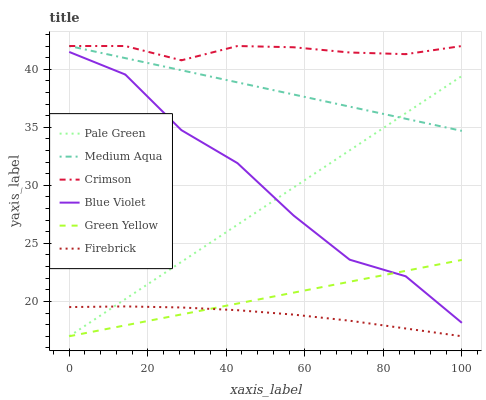
| xaxis_label | Pale Green | Medium Aqua | Crimson | Blue Violet | Green Yellow | Firebrick |
 | --- | --- | --- | --- | --- | --- | --- |
 | 0 | 17 | 42 | 42 | 41.5 | 17 | 19.5 |
 | 14.3 | 20.2 | 41 | 42 | 39.5 | 17.9 | 19.6 |
 | 28.6 | 23.4 | 39.9 | 40.8 | 34.8 | 18.9 | 19.5 |
 | 42.9 | 26.6 | 38.9 | 42 | 31.9 | 19.8 | 19.2 |
 | 57.1 | 29.8 | 37.8 | 41.9 | 27.4 | 20.8 | 18.9 |
 | 71.4 | 33 | 36.8 | 41.4 | 23.6 | 21.7 | 18.3 |
 | 85.7 | 36.2 | 35.7 | 41.3 | 22.2 | 22.6 | 17.7 |
 | 100 | 39.4 | 34.7 | 42 | 18.2 | 23.6 | 17 |